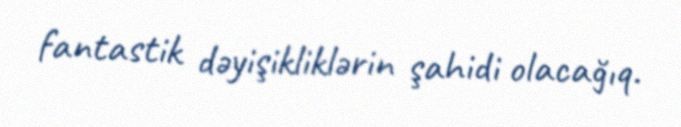
fantastik dəyişikliklərin şahidi olacağıq.